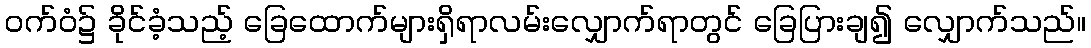
ဝက်ဝံ၌ ခိုင်ခံ့သည့် ခြေထောက်များရှိရာလမ်းလျှောက်ရာတွင် ခြေပြားချ၍ လျှောက်သည်။